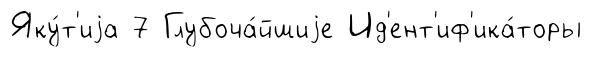
Яку́т'иjа 7 Глубоча́йшиjе Ид'ент'иф'ика́торы